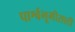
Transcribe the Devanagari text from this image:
पार्श्वभूमीसाठी